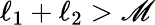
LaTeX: \ell_{1}+\ell_{2}>\mathscr{M}